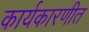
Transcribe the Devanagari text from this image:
कार्यकारणीत